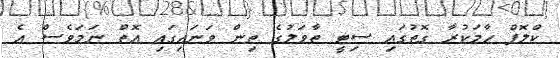
ކްލޮޕް ހާމަކުރާ ގޮތުގައި ސިޓީ ތާވަލުގެ ތިން ވަނައިގައި އޮތް ނަމަވެސް އެ